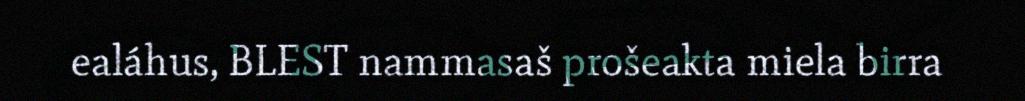
ealáhus, BLEST nammasaš prošeakta miela birra